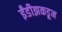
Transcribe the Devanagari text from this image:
ईंडीझकडून